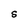
Character: S